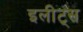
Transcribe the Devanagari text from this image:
इलीट्स